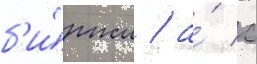
б'и́ржи / а́ с